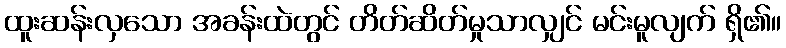
ထူးဆန်းလှသော အခန်းထဲတွင် တိတ်ဆိတ်မှုသာလျှင် မင်းမူလျက် ရှိ၏။